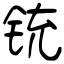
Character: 铳